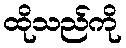
ထိုသည်ကို